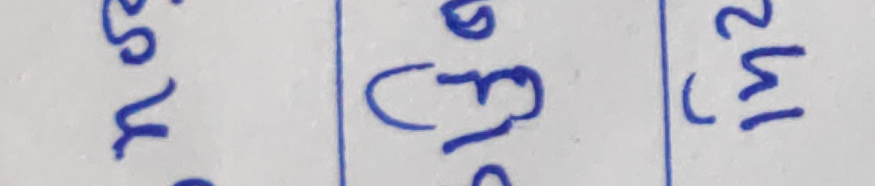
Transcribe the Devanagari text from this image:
२५ ७उ३ (१२)